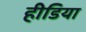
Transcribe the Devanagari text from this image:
हीडिया